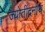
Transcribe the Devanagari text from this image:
ज्योतींद्रनाथ